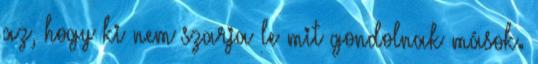
az, hogy ki nem szarja le mit gondolnak mások.